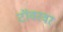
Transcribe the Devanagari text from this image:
टॉवरवर